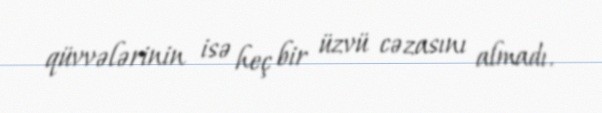
qüvvələrinin isə heç bir üzvü cəzasını almadı.